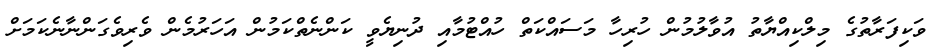
ވަކިފަރާތުގެ މިލްކިއްޔާތު އުވާލުމުން ހުރިހާ މަސައްކަތް ހުއްޓުމާއި ދުނިޔެވީ ކަންނެތްކަމުން އަހަރުމެން ވެރިވެގަންނާނެކަމަށް